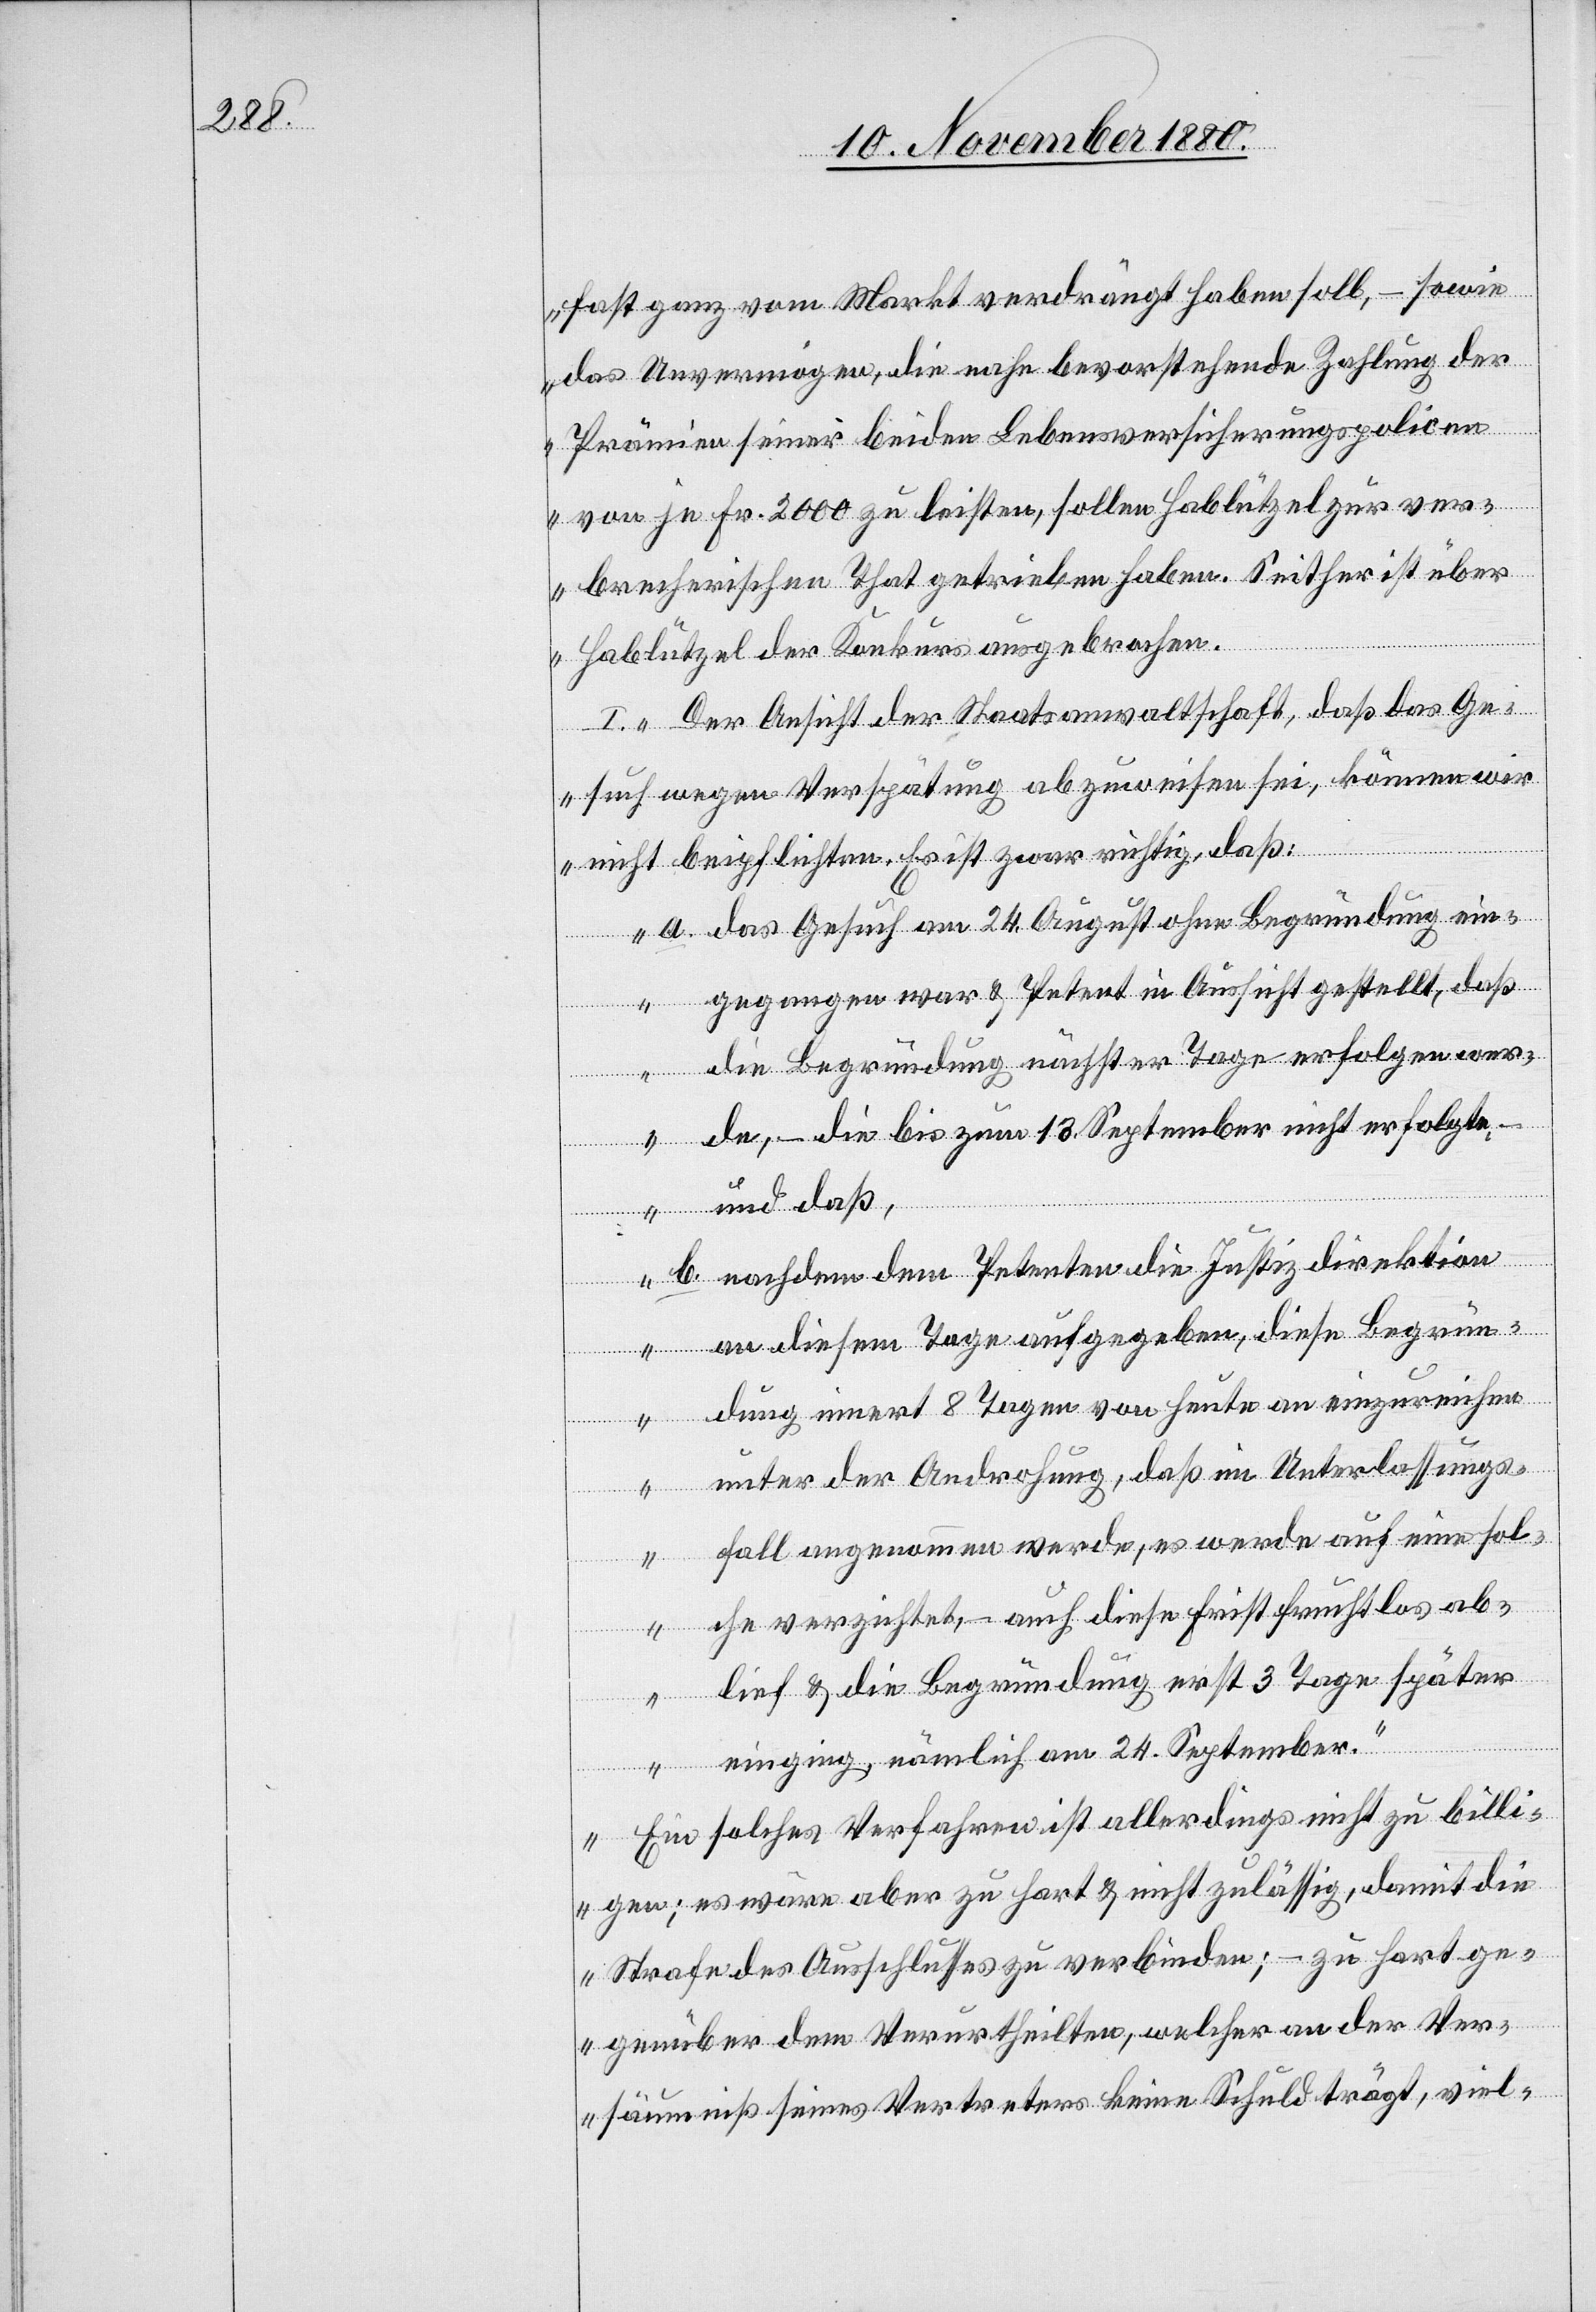
fast ganz vom Markt verdrängt haben soll, – sowie
das Unvermögen, die nahe bevorstehende Zahlung der
Prämien seiner beiden Lebensversicherungspolicen
von je Fr. 2000 zu leisten, sollen Hablützel zur ver¬
brecherischen That getrieben haben. Seither ist über
Hablützel der Konkurs ausgebrochen.
I. Der Ansicht der Staatsanwaltschaft, daß das Ge¬
such wegen Verspätung abzuweisen sei, können wir
nicht beipflichten. Es ist zwar richtig, daß:
a. das Gesuch am 24. August ohne Begründung ein¬
gegangen & Petent in Aussicht gestellt, daß
die Begründung nächster Tage erfolgen wer¬
de, – die bis zum 13. September nicht erfolgte,
– und
b. nachdem den Petenten die Justizdirektion
an diesem Tage aufgegeben, diese Begrün¬
dung innert 8 Tagen von heute an einzureichen
unter der Androhung, daß im Unterlassungs¬
fall angenommen werde, es werde auf eine sol¬
che verzichtet, – auch diese Frist fruchtlos ab¬
lief & die Begründung erst 3 Tage später
einging, nämlich am 24. September.
Ein solches Verfahren ist allerdings nicht zu billi¬
gen; es wäre aber zu hart & nicht zulässig, damit die
Strafe des Ausschlusses zu verbinden; – zu hart ge¬
genüber dem Verurtheilten, welcher an der Ver¬
säumniß seines Vertreters keine Schuld trägt, viel-